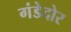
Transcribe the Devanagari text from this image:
गंडेदोर